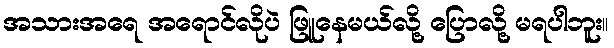
အသားအရေ အရောင်လိုပဲ ဖြူနေမယ်လို့ ပြောလို့ မရပါဘူး။